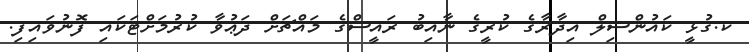
ކ.ގުޅީ ކައުންސިލް އިދާރާގެ ކުރީގެ ނާއިބު ރައީސްގެ މައްޗަށް ދަޢުވާ ކުރުމަށްޓަކައި ފޮނުވައިފި.